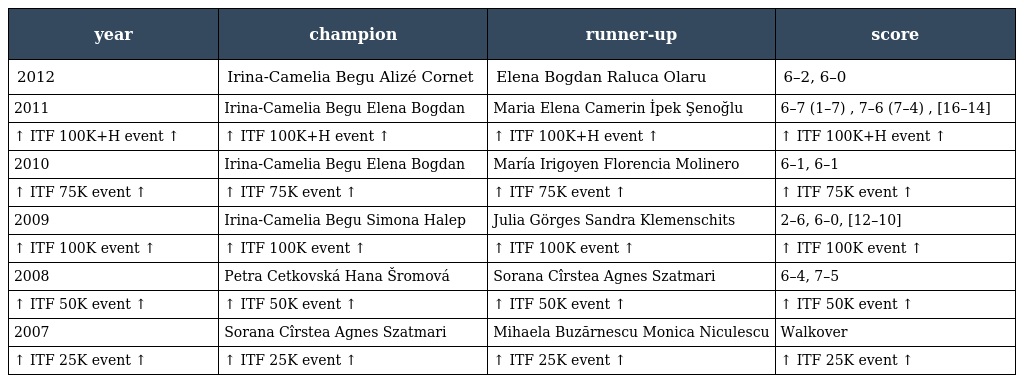
| year | champion | runner-up | score |
 | --- | --- | --- | --- |
 | 2012 | Irina-Camelia Begu Alizé Cornet | Elena Bogdan Raluca Olaru | 6–2, 6–0 |
 | 2011 | Irina-Camelia Begu Elena Bogdan | Maria Elena Camerin İpek Şenoğlu | 6–7 (1–7) , 7–6 (7–4) , [16–14] |
 | ↑ ITF 100K+H event ↑ | ↑ ITF 100K+H event ↑ | ↑ ITF 100K+H event ↑ | ↑ ITF 100K+H event ↑ |
 | 2010 | Irina-Camelia Begu Elena Bogdan | María Irigoyen Florencia Molinero | 6–1, 6–1 |
 | ↑ ITF 75K event ↑ | ↑ ITF 75K event ↑ | ↑ ITF 75K event ↑ | ↑ ITF 75K event ↑ |
 | 2009 | Irina-Camelia Begu Simona Halep | Julia Görges Sandra Klemenschits | 2–6, 6–0, [12–10] |
 | ↑ ITF 100K event ↑ | ↑ ITF 100K event ↑ | ↑ ITF 100K event ↑ | ↑ ITF 100K event ↑ |
 | 2008 | Petra Cetkovská Hana Šromová | Sorana Cîrstea Agnes Szatmari | 6–4, 7–5 |
 | ↑ ITF 50K event ↑ | ↑ ITF 50K event ↑ | ↑ ITF 50K event ↑ | ↑ ITF 50K event ↑ |
 | 2007 | Sorana Cîrstea Agnes Szatmari | Mihaela Buzărnescu Monica Niculescu | Walkover |
 | ↑ ITF 25K event ↑ | ↑ ITF 25K event ↑ | ↑ ITF 25K event ↑ | ↑ ITF 25K event ↑ |